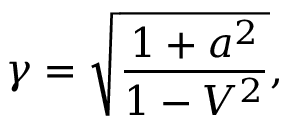
\gamma = \sqrt { \frac { 1 + a ^ { 2 } } { 1 - V ^ { 2 } } } ,